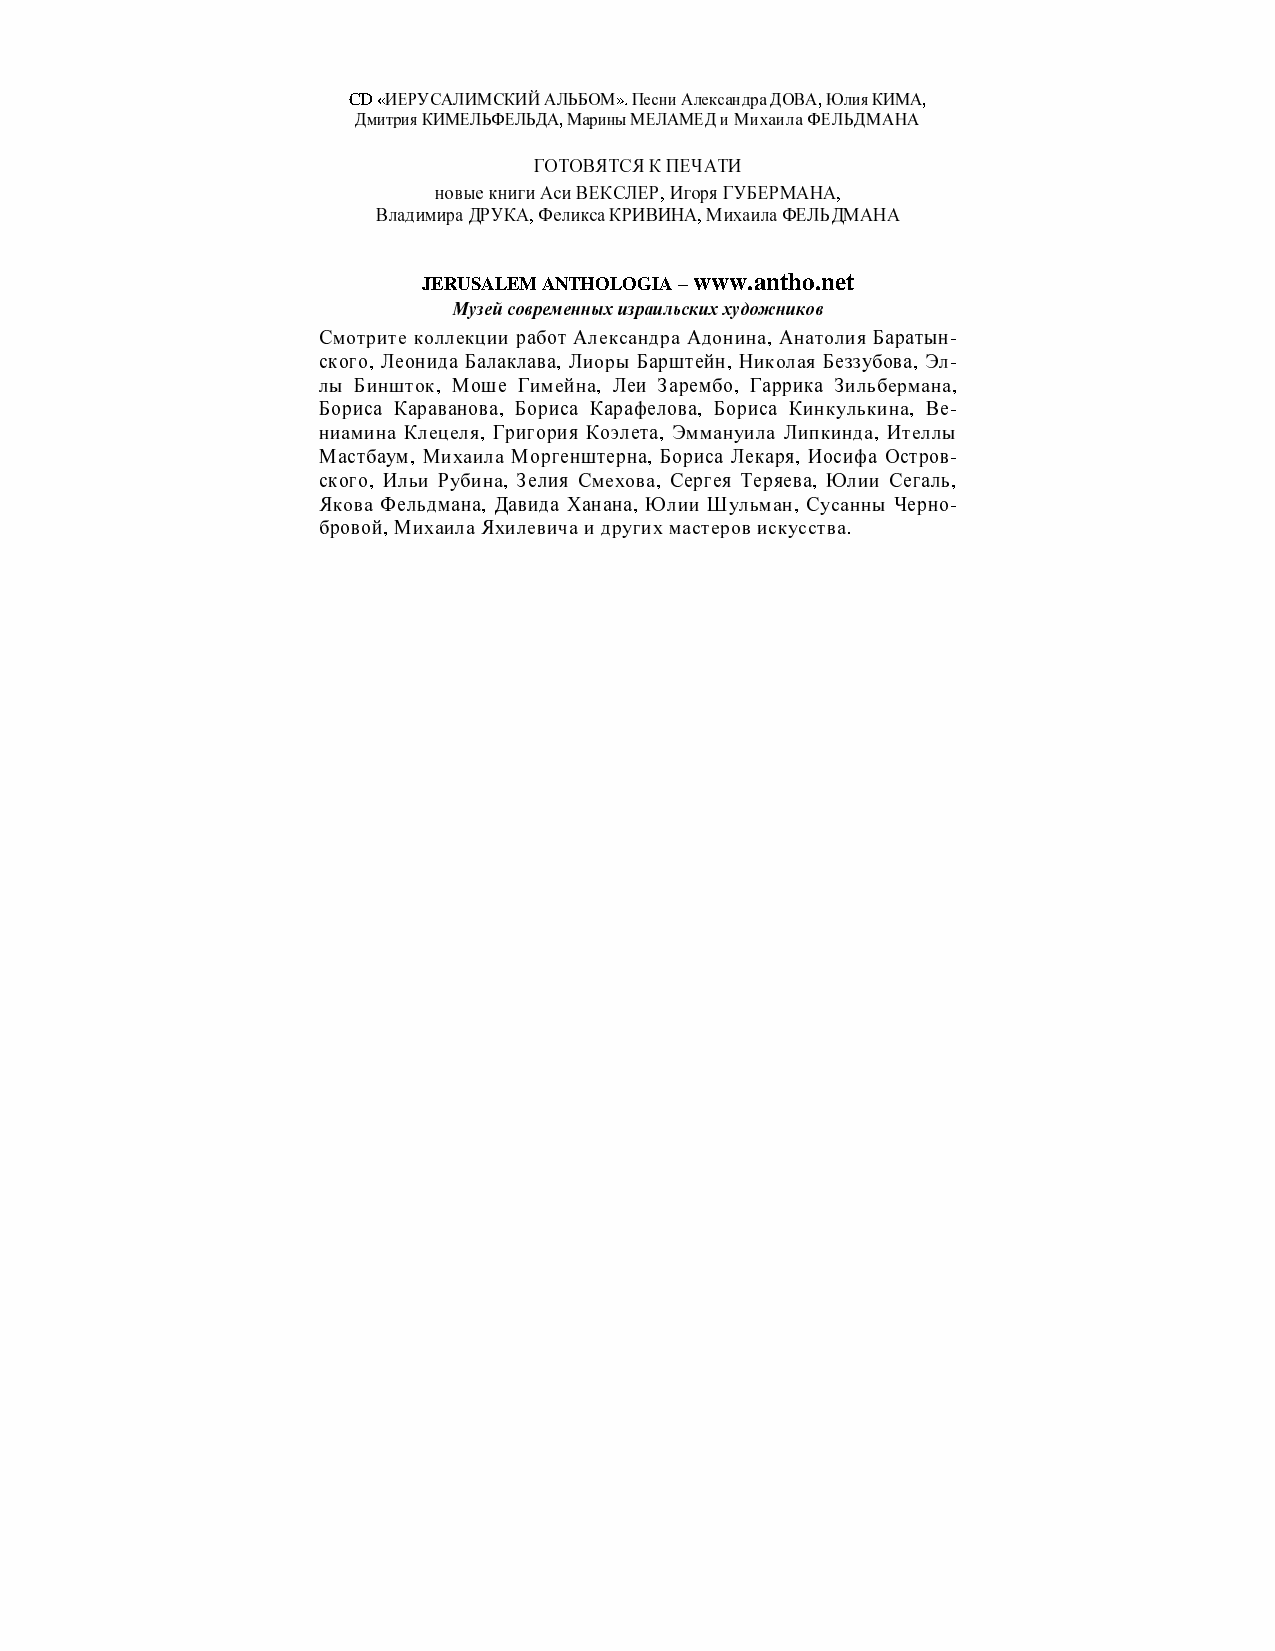
ИЕРУСАЛИМСКИЙАЛЬБОМ ПесниАлександраДОВА ЮлияКИМА
 CДDм «итрияКИМЕЛЬФЕЛЬД А Марины». МЕЛА МЕДиМих аилаФ,Е ЛЬДМ АНА,
 ,
 ГОТОВЯТСЯКПЕЧАТИ
 новыекнигиАсиВЕКСЛЕР ИгоряГУБЕРМАНА
 ВладимираДР УКА Фели ксаКРИВИ, НА М ихаилаФЕЛЬД, МАНА
 ,          ,
 JERUSALEM ANTHOLOGIA – www.antho.net
 Музейсовременныхизраильскиххудожников
 Смотрите коллекции работ Александра Адонина Анатолия Баратын
 ского Лео нида Балак лава Лиоры Барш тейн Ник, олая Беззу бова Эл-
 лы Би, ншток М оше Гиме, йна Ле и Зарембо, Гаррика Зильберм, ана-
 Бор иса Кара,в анова Бориса К, арафе лова Бо,р иса Кин кулькина Ве,
 ниамин а Клецеля Г, ригория Коэлета Эм,м ануила Липкинда Ит,е ллы-
 Мастбау м Михаи,л а Морген штерна ,Б ориса Лекар я Иосифа, Остров
 ского Иль, и Рубина Зелия Смехова, Сергея Теряев, а Юлии Сегаль-
 Якова, Фельд мана Д,а вида Х анана Ю, лии Шу льман С, усанны Черно,
 бровой МихаилаЯ, хилевич аидруг, ихмас теровиску,с ства -
 ,                              .
 132